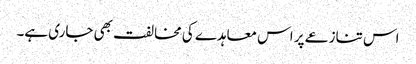
اس تنازعے پر اس معاہدے کی مخالفت بھی جاری ہے۔